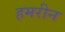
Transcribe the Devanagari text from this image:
हमरीन